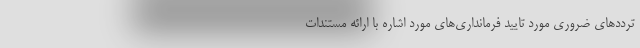
ترددهای ضروری مورد تایید فرمانداری­‌های مورد اشاره با ارائه مستندات